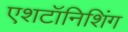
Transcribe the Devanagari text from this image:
एशटॉनिशिंग